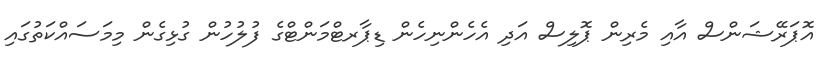
އޮޕަރޭޝަންސް އާއި މެރިން ޕޮލިސް އަދި އެހެންނިހެން ޑިޕާރޓްމަންޓްގެ ފުލުހުން ގުޅިގެން މިމަސައްކަތުގައި